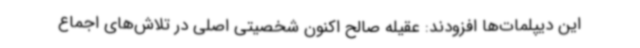
این دیپلمات‌ها افزودند: عقیله صالح اکنون شخصیتی اصلی در تلاش‌های اجماع